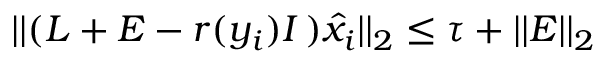
\vert \vert ( L + E - r ( y _ { i } ) I \, ) \hat { x } _ { i } \vert \vert _ { 2 } \leq \tau + \vert \vert E \vert \vert _ { 2 }